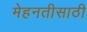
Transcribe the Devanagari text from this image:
मेहनतीसाठी